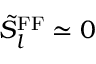
\tilde { S } _ { l } ^ { \mathrm { F F } } \simeq 0